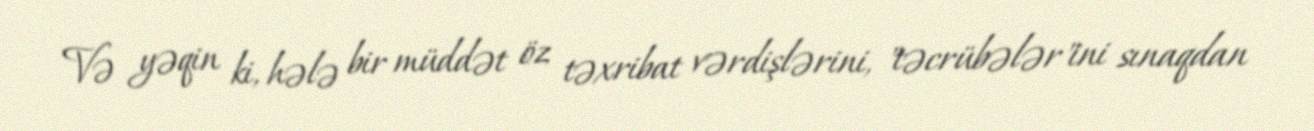
Və yəqin ki, hələ bir müddət öz təxribat vərdişlərini, "təcrübələr"ini sınaqdan